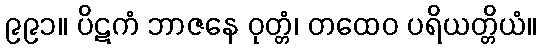
၉၉၁။ ပိဋကံ ဘာဇနေ ဝုတ္တံ၊ တထေဝ ပရိယတ္တိယံ။